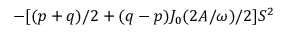
- [ ( p + q ) / 2 + ( q - p ) J _ { 0 } ( 2 A / \omega ) / 2 ] S ^ { 2 }